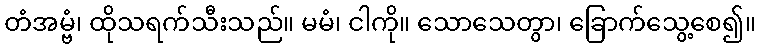
တံအမ္ဗံ၊ ထိုသရက်သီးသည်။ မမံ၊ ငါကို။ သောသေတွာ၊ ခြောက်သွေ့စေ၍။